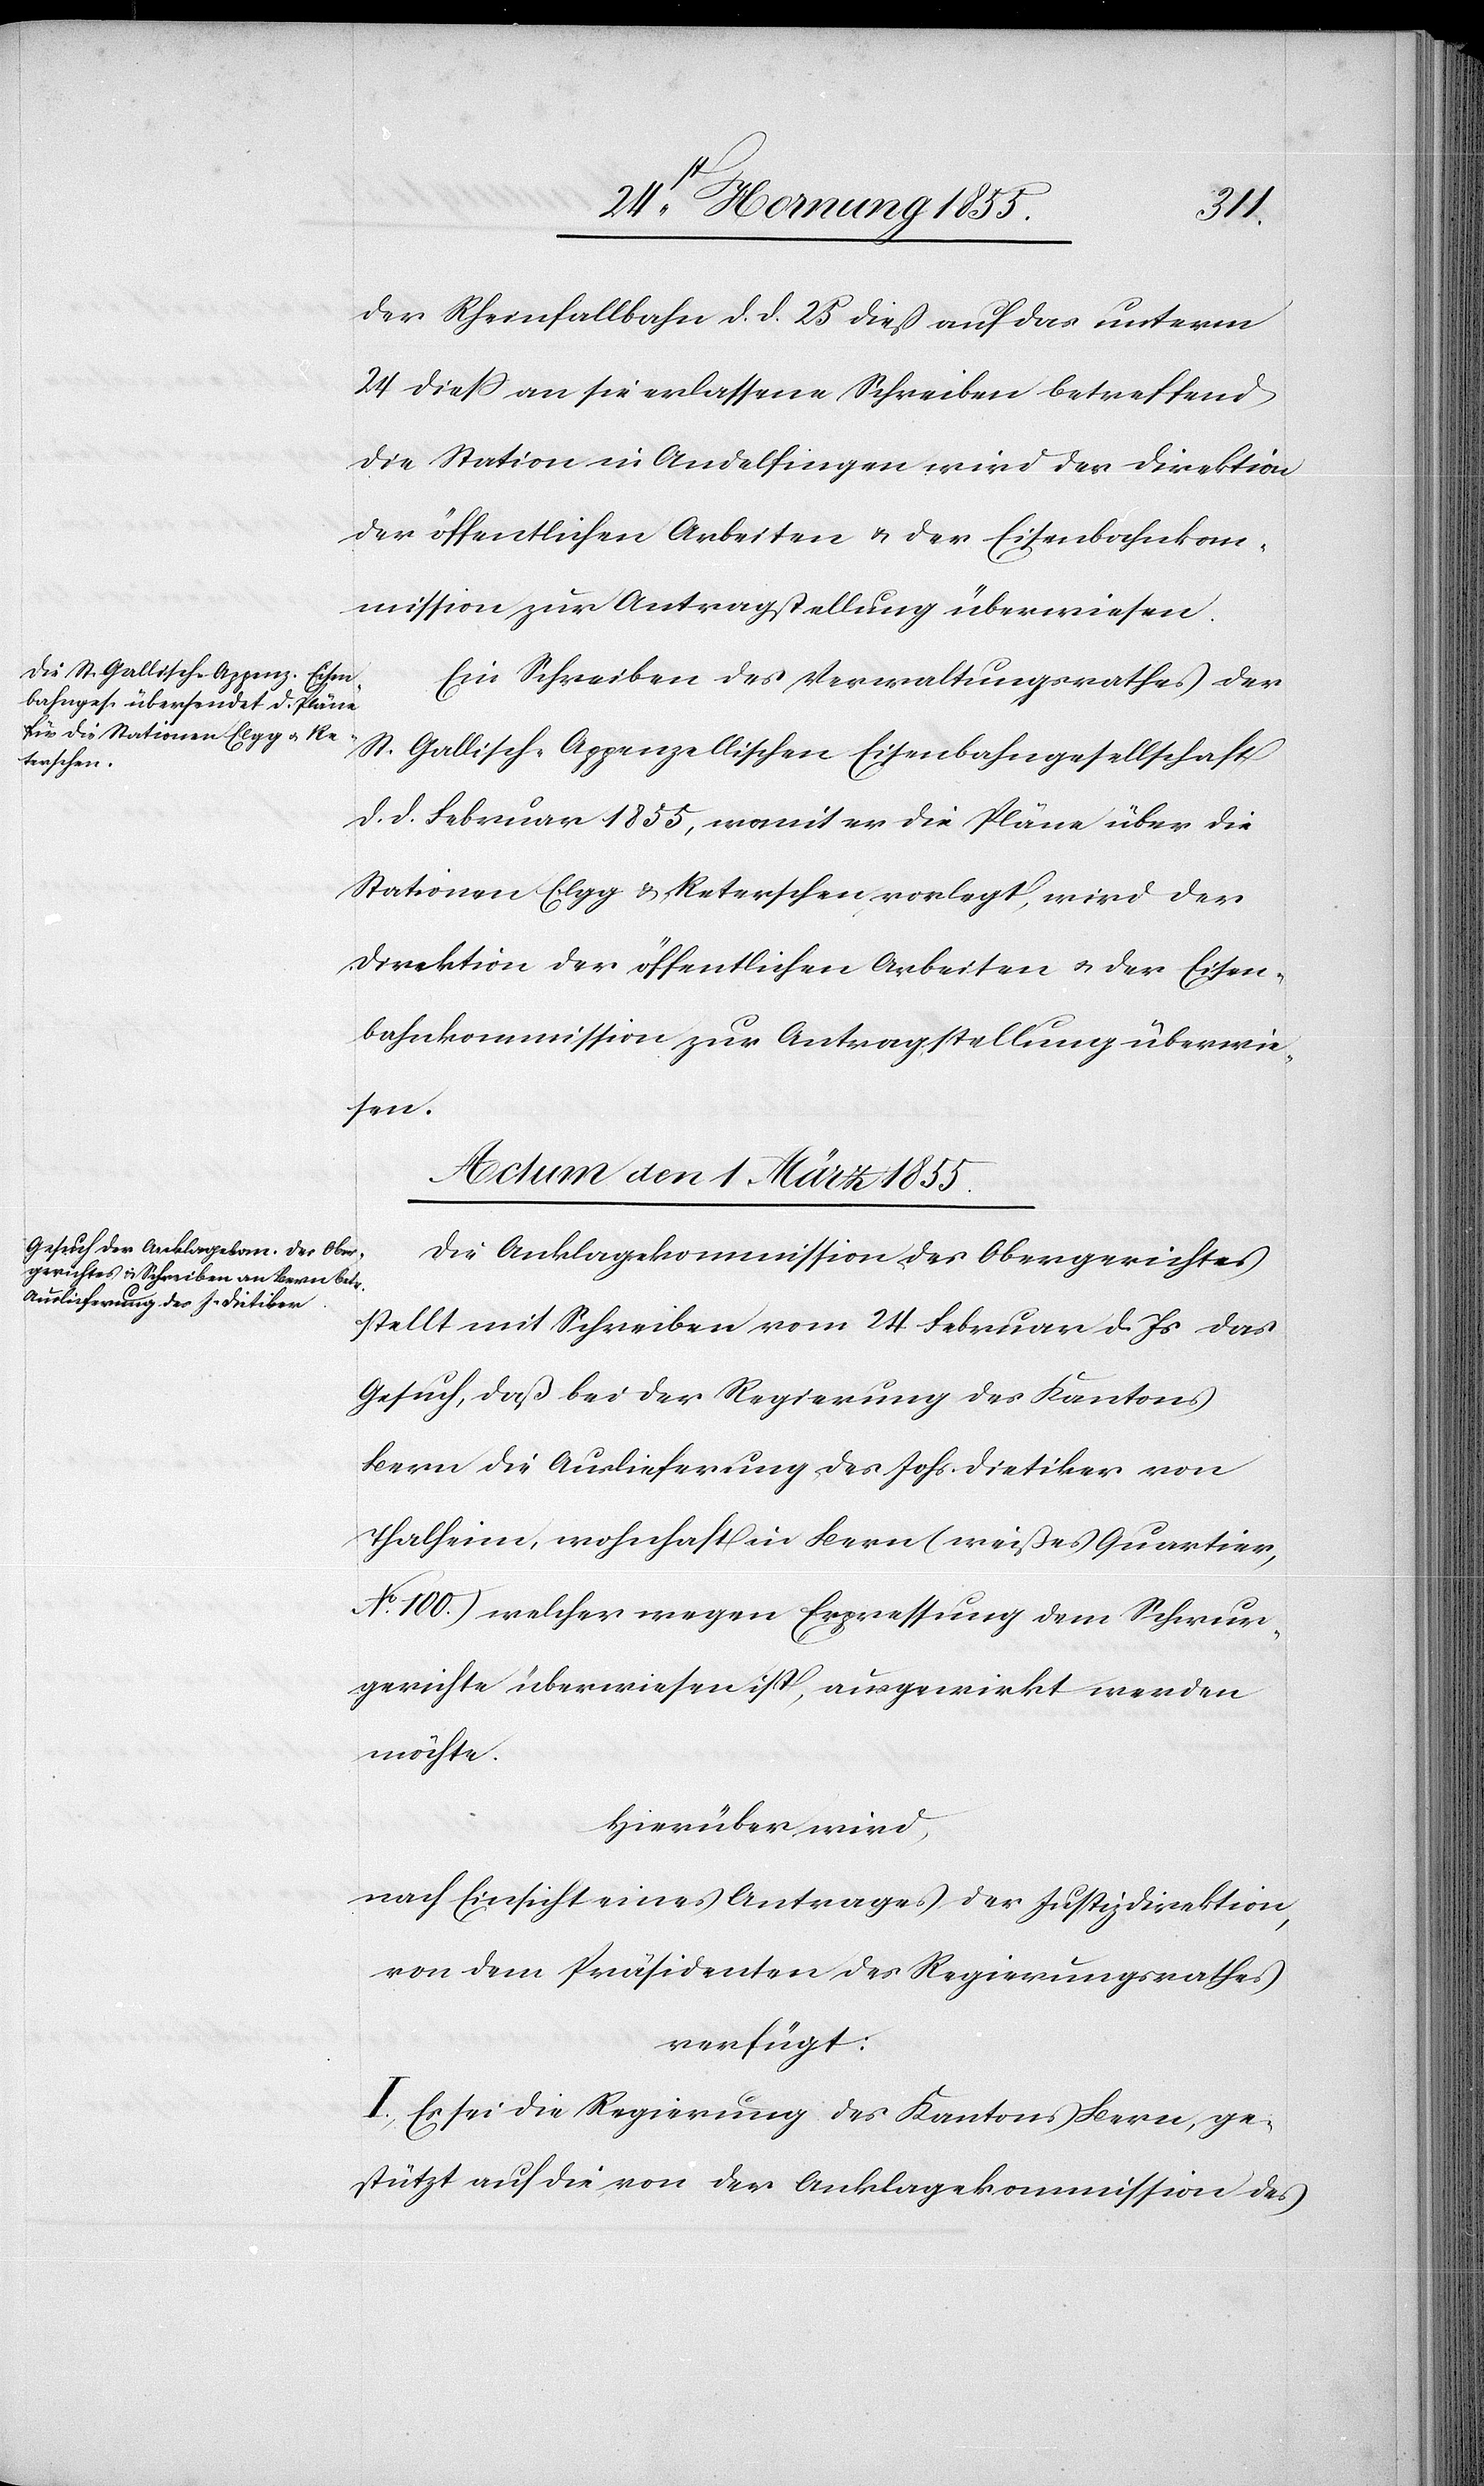
der Rheinfallbahn d. d. 25 dieß auf das unterm
24 dieß an sie erlassene Schreiben betreffend
die Station in Andelfingen wird der Direktion
der öffentlichen Arbeiten & der Eisenbahnkom¬
mission zur Antragstellung überwiesen.
Ein Schreiben des Verwaltungsrathes der
St. Gallisch-Appenzellischen Eisenbahngesellschaft
d. d. Februar 1855, womit er die Pläne über die
Stationen Elgg & Reterschen vorlegt, wird der
Direktion der öffentlichen Arbeiten & der Eisen¬
bahnkommission zur Antragstellung überwie¬
sen.
Actum den 1 März 1855.
Die Anklagekommission des Obergerichtes
stellt mit Schreiben vom 24. Februar d. Js das
Gesuch, daß bei der Regierung des Kantons
Bern die Auslieferung des Johs. Dietiker von
Thalheim, wohnhaft in Bern (weißes Quartier,
No. 100.) welcher wegen Erpressung dem Schwur¬
gerichte überwiesen ist, ausgewirkt werden
möchte.
Hierüber wird,
nach Einsicht eines Antrages der Justizdirektion,
von dem Präsidenten des Regierungsrathes
verfügt:
I. Es sei die Regierung des Kantons Bern, ge¬
stützt auf die von der Anklagekommission des